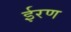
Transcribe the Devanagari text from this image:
ईरण